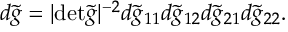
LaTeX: d \tilde { g } = | \mathrm { d e t } \tilde { g } | ^ { - 2 } d \tilde { g } _ { 1 1 } d \tilde { g } _ { 1 2 } d \tilde { g } _ { 2 1 } d \tilde { g } _ { 2 2 } .